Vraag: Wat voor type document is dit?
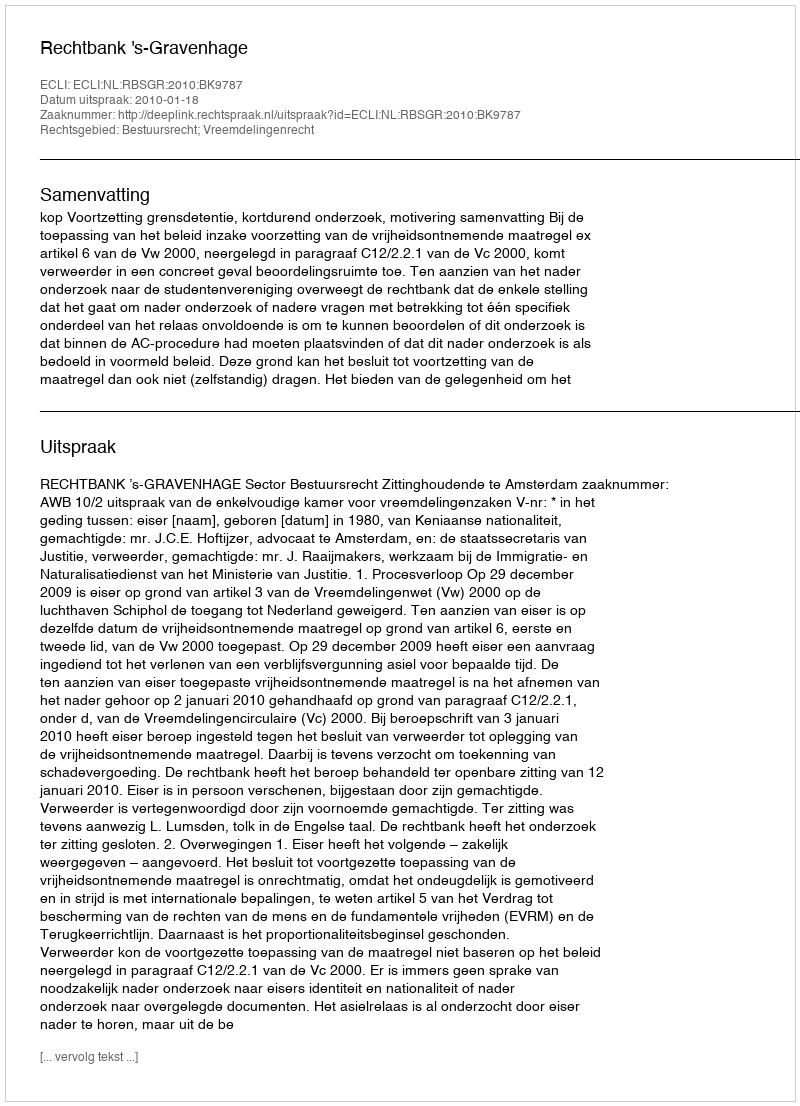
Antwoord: Uitspraak